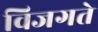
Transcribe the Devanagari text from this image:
विजगते